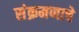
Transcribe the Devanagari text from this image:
संक्रमणाचे